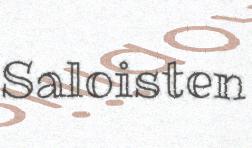
Saloisten